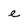
Character: e